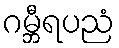
ဂမ္ဘီရပညံ